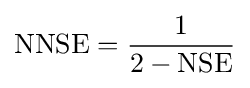
{\text{NNSE}}={\frac {1}{2-{\text{NSE}}}}